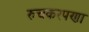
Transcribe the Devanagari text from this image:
रुचकरपणा